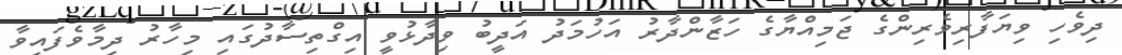
ދިވެހި ވިޔަފާރިވެރިންގެ ޖަމިއްޔާގެ ހަޒާންދާރު އަހުމަދު އަދީބު ވިދާޅުވީ އިގްތިސާދުގައި މިހާރު ދިމާވެފައިވާ